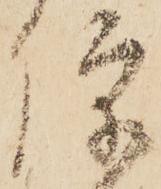
便